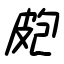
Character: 皰